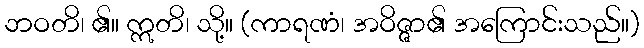
ဘဝတိ၊ ၏။ ဣတိ၊ သို့။ (ကာရဏံ၊ အဝိဇ္ဇာ၏ အကြောင်းသည်။)